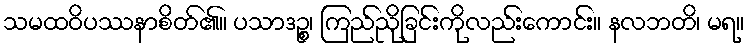
သမထဝိပဿနာစိတ်၏။ ပသာဒဉ္စ၊ ကြည်ညိုခြင်းကိုလည်းကောင်း။ နလဘတိ၊ မရ။